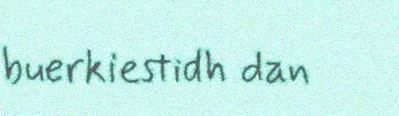
buerkiestidh dan